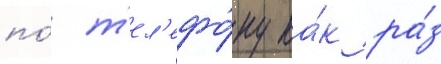
по́ т'ел'ефо́ну ка́к ра́з